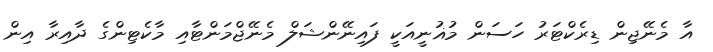
އާ މެނޭޖިން ޑިރެކްޓަރު ހަސަން މުޣުނީއަކީ ފައިނޭންޝަލް މެނޭޖްމަންޓާއި މާކެޓިންގެ ދާއިރާ އިން